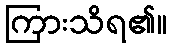
ကြားသိရ၏။